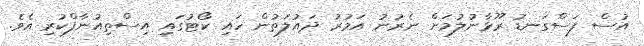
އުސް ފަސްގަނޑު ރޫޅާނުލުމަށް ނެރުނު އަމުރު ދައުލަތުން ހައި ކޯޓުގައި އިސްތިއުނާފްކުރި އެވެ.